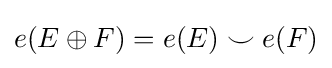
e(E\oplus F)=e(E)\smile e(F)